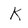
Character: k